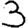
Digit: 3